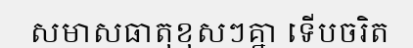
សមាសធាតុខុសៗគ្នា ទើបចរិត